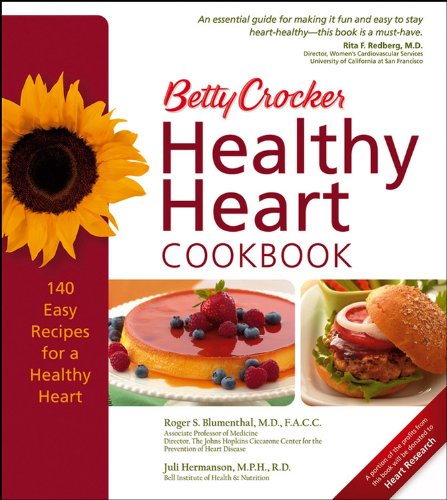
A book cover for Betty Crocker Healthy Heart Cookbook (Betty Crocker Cooking); Roger S Blumenthal; Cookbooks, Food & Wine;